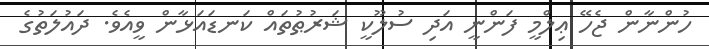
ހުންނާން ޖެހޭ ޢިލްމީ ފަންނީ އަދި ސުލޫކީ ޝަރުޠުތައް ކަނޑައަޅާން ވީއެވެ. ދައުލަތުގެ